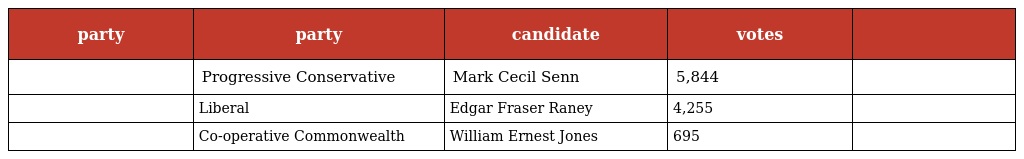
| party | party | candidate | votes |  |
 | --- | --- | --- | --- | --- |
 |  | Progressive Conservative | Mark Cecil Senn | 5,844 |  |
 |  | Liberal | Edgar Fraser Raney | 4,255 |  |
 |  | Co-operative Commonwealth | William Ernest Jones | 695 |  |